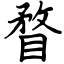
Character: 瞀